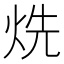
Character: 烍